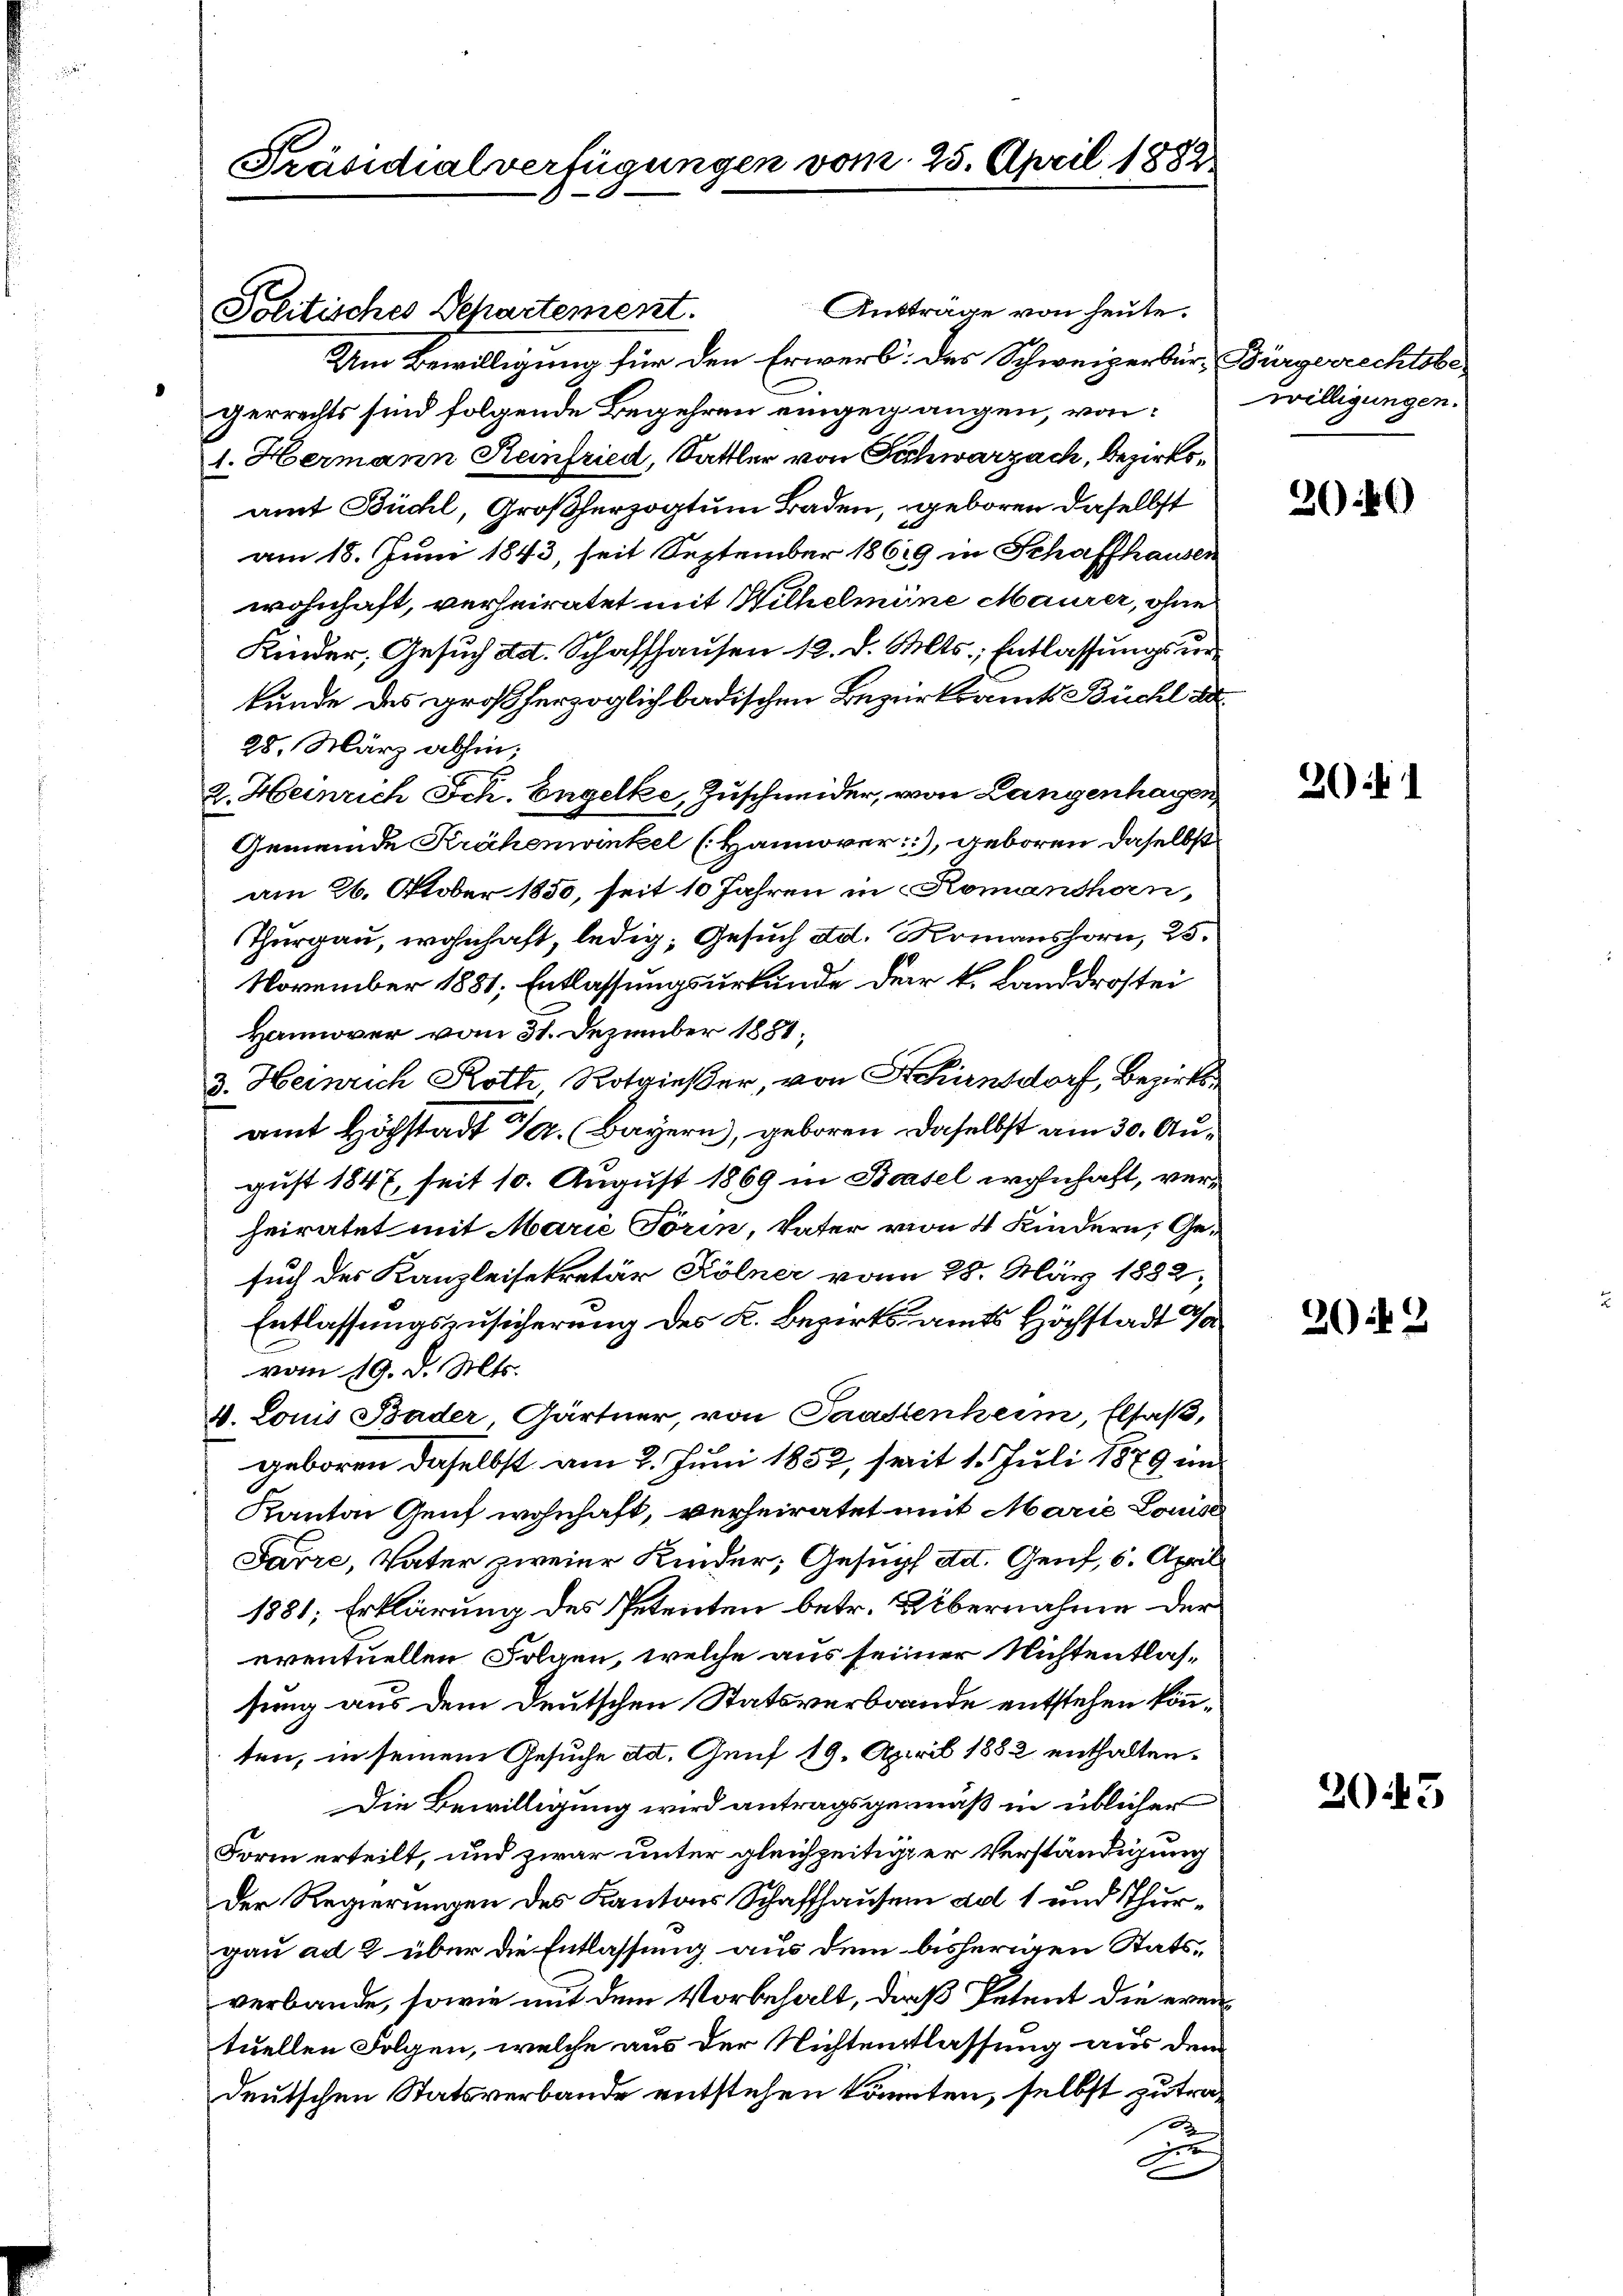
Präsidialverfügungen vom 25. April 1882.

Ansträge von heute.
Um Bewilligung für den Erwerb des Schweizerbür, Bürgerrechtsbegerrechts sind folgende Begehren eingegangen, von
1. Hermann Reinfried, Sattler von Fichwarzach, Bezirksamt Büchl, Großherzogtum Baden, geboren daselbst
am 18. Juni 1843, seit September 1869 in Schaffhausen
wohnhaft, verheiratet mit Wilhelmine Maurer, ohne
Kinder, Gesuch ad. Schaffhausen 12. d. Mts., Entlassungsur
kunde des großherzoglich badischen Bezirksamts Büchl der
28. März abhin;
2. Heinrich Sch. Engelke, Zuschneider, von Langenhagen
Gemeinde Krähenwinkel (Hannover, geboren daselbst
am 26. Oktober 1850, seit 10 Jahren in Romandhan,
Thurgau, wohnhaft, ledig, Gesuch ad. Romanshorn, 25.
November 1881; Entlassungsurkunde der k. Landdrostei
Hannover vom 31. Dezember 1881,
3. Heinrich Roth Rotgießer, von Schinsdorf, Bezirks
amt Höchstadt Fr. (Bayern, geboren, daselbst am 30. August 1847, seit 10. August 1869 in Basel wohnhaft, verheiratet mit Marie Törin, Vater von 4 Kindern, Gesuch des Kanzleisekretär Kölner vom 28. März 1832,
Entlassungszusicherung des K. Bezirksamts Höchstadt
vom 19. d. Mts.
4. Louis Bader, Gärtner, von Paadenheim, Elsaß,
geboren daselbst am 2. Juni 1852, seit 1. Juli 1879 im
Kanton Genf wohnhaft, verheiratet mit Marie Louise
Sarre, Vater zweier Kinder, Gesuch ad. Genf, 6. April
1881; Erklärung des Petenten betr. Übernahme der
eventuellen Folgen, welche aus seiner Nichtentlassung aus dem deutschen Statsverbrande entstehen könnten, in seinem Gesuche ad. Genf 19. April 1882 enthalten¬
Die Bewilligung wird antragsgemäß in üblicher
Form erteilt, und zwar unter gleichzeitiger Verständigung
Der Regierungen des Kantons Schaffhausen ad 1 und Thurgau ad 2 über die Entlassung aus dem bisherigen Statsverbande, sowie mit dem Vorbehalt, dieß Petent die eventuellen Folgen, welche aus der Nichtentlassung aus dem
deutschen Statsverbande entstehen könnten, selbst zutra¬
1
h

Politisches Departement.

willigungen.

36)

261

2042

2043